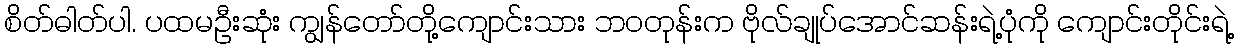
စိတ်ဓါတ်ပါ. ပထမဦးဆုံး ကျွန်တော်တို့ကျောင်းသား ဘဝတုန်းက ဗိုလ်ချုပ်အောင်ဆန်းရဲ့ပုံကို ကျောင်းတိုင်းရဲ့